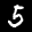
Label: 5